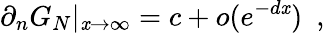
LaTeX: \partial_{n}G_{N}|_{\mathit{x}\rightarrow\infty}=c+o(e^{-d\mathit{x}})~~,